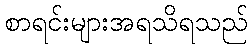
စာရင်းများအရသိရသည်